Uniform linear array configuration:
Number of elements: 4
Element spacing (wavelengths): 0.75
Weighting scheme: kaiser
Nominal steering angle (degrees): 60
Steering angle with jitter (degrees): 61.047
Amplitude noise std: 0.05
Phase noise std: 0.05

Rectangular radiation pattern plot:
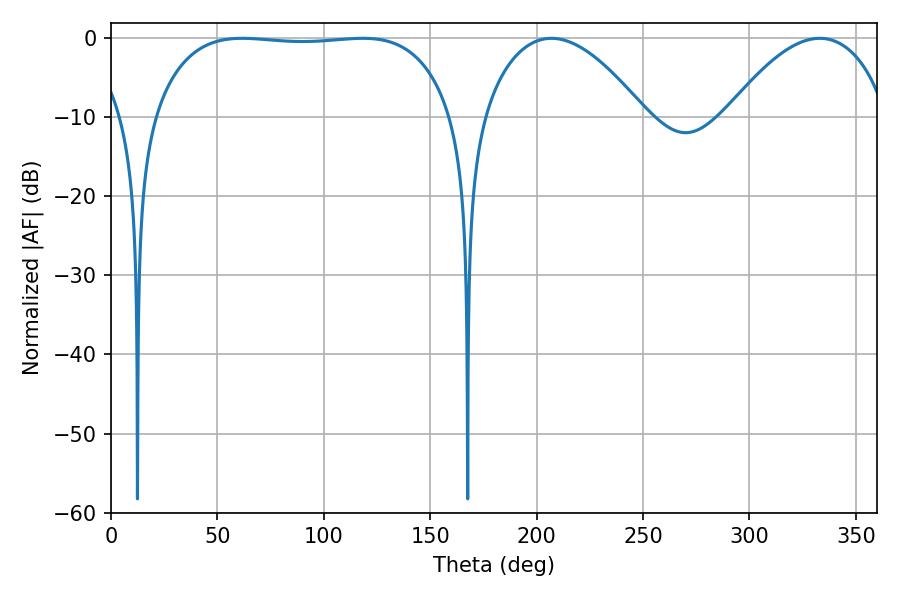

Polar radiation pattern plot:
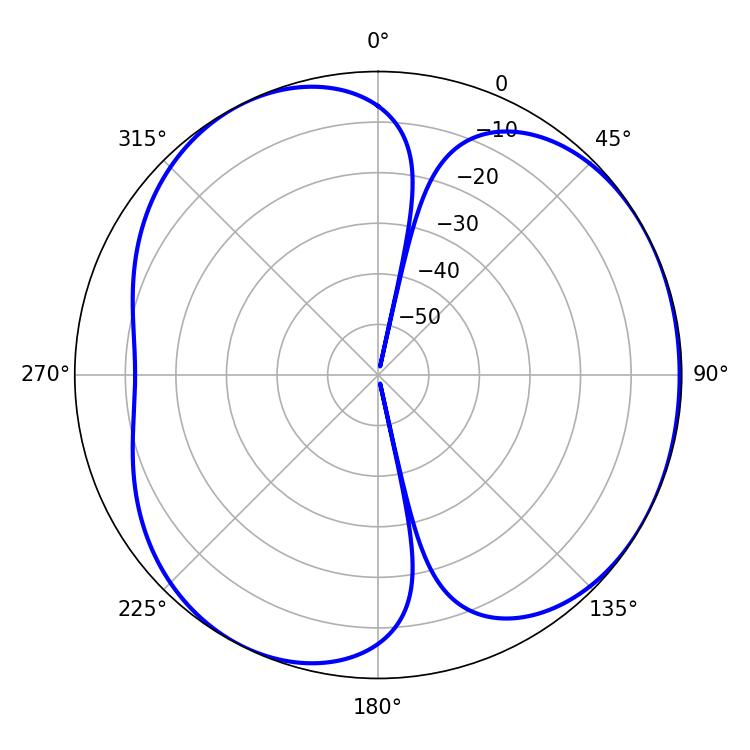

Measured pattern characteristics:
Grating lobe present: TRUE
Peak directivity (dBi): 4.144
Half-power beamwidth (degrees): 42.12
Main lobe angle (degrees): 207